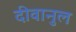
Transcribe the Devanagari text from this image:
दीवानुल